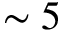
\sim 5